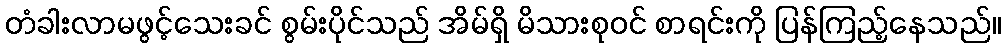
တံခါးလာမဖွင့်သေးခင် စွမ်းပိုင်သည် အိမ်ရှိ မိသားစုဝင် စာရင်းကို ပြန်ကြည့်နေသည်။